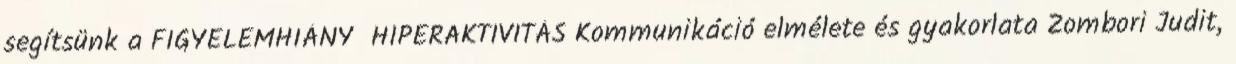
segítsünk a FIGYELEMHIÁNY HIPERAKTIVITÁS Kommunikáció elmélete és gyakorlata Zombori Judit,